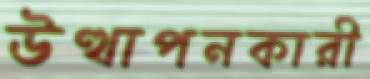
উত্থাপনকারী